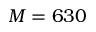
M = 6 3 0